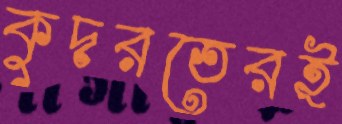
কুদরতেরই